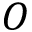
O